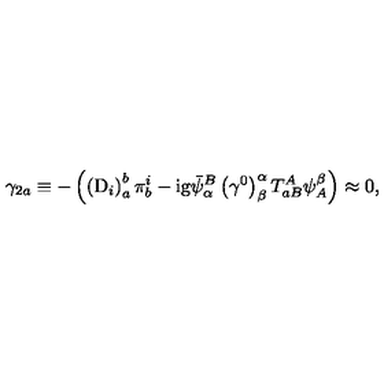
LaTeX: \gamma _ { 2 a } \equiv - \left( \left( \mathrm { D } _ { i } \right) _ { a } ^ { b } \pi _ { b } ^ { i } - \mathrm { i g } \bar { \psi } _ { \alpha } ^ { B } \left( \gamma ^ { 0 } \right) _ { \beta } ^ { \alpha } T _ { a B } ^ { A } \psi _ { A } ^ { \beta } \right) \approx 0 ,